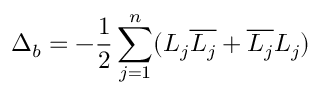
\Delta _ { b } = - { \frac { 1 } { 2 } } \sum _ { j = 1 } ^ { n } ( L _ { j } { \overline { { L _ { j } } } } + { \overline { { L _ { j } } } } L _ { j } )